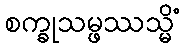
စက္ခုသမ္ဖဿသ္မိံ